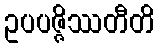
ဥပပဇ္ဇိဿတီတိ